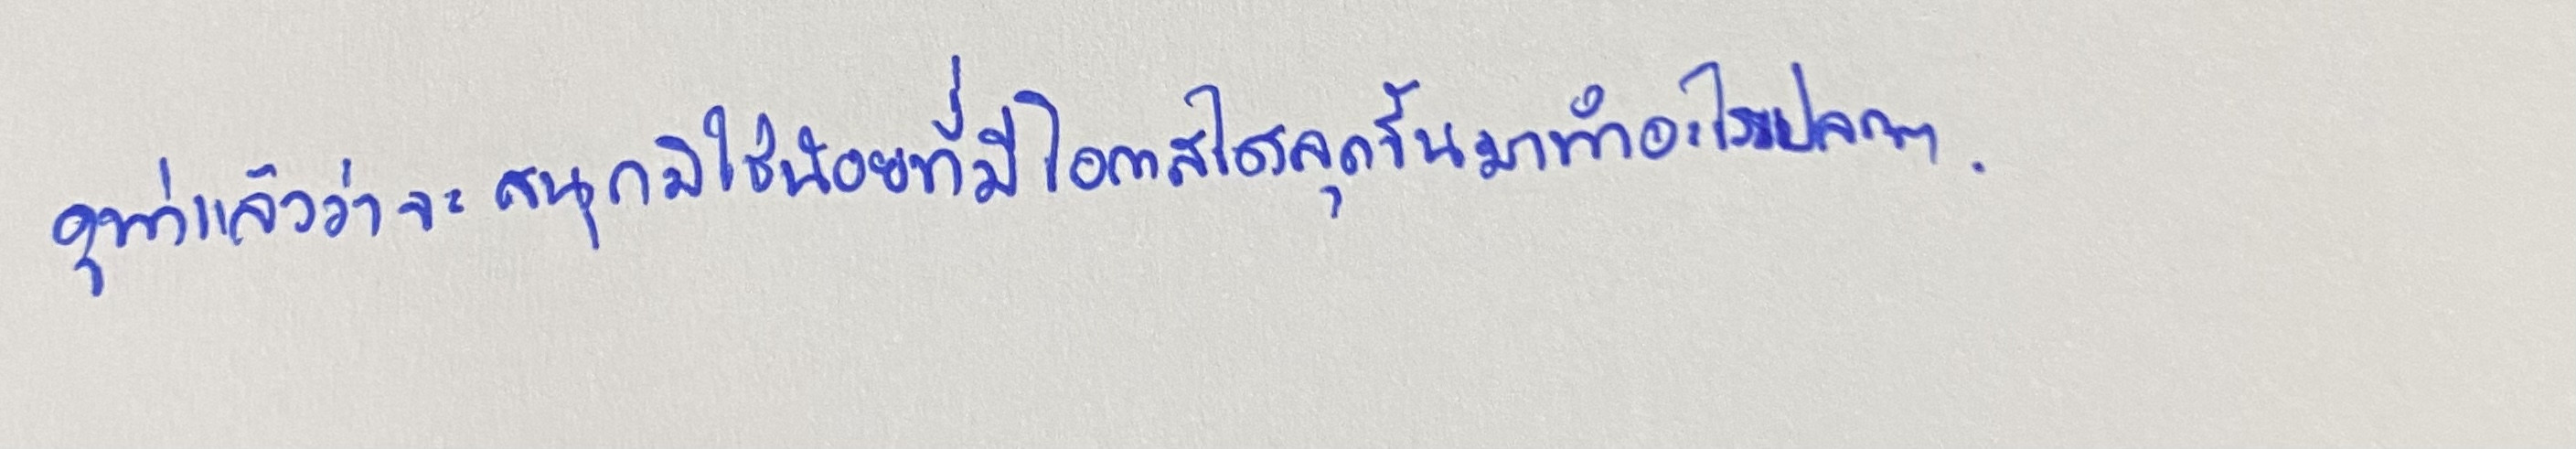
ดูท่าว่าจะสนุกมิใช่น้อยที่มีโอกาสได้ลุกขึ้นมาทำอะไรแปลกๆ